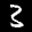
Label: 3